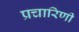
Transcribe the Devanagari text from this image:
प्रचारिणी